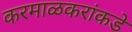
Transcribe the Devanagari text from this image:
करमाळकरांकडे